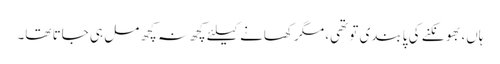
ہاں، بھونکنے کی پابندی تو تھی، مگر کھانے کیلئے کچھ نہ کچھ مل ہی جاتا تھا۔